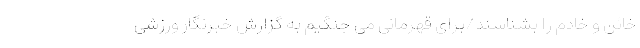
خائن و خادم را بشناسند/برای قهرمانی می جنگیم به گزارش خبرنگار ورزشی